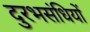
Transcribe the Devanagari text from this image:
दुरभसंधियों